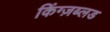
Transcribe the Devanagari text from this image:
किंग्ज़ब्लड